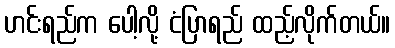
ဟင်းရည်က ပေါ့လို့ ငံပြာရည် ထည့်လိုက်တယ်။